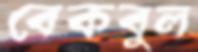
বেকবুল